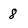
Character: 8